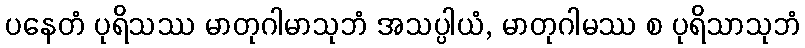
ပနေတံ ပုရိသဿ မာတုဂါမာသုဘံ အသပ္ပါယံ, မာတုဂါမဿ စ ပုရိသာသုဘံ